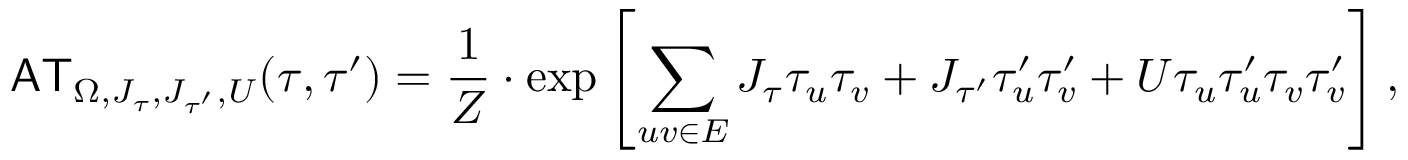
{ \sf A T } _ { \Omega , J _ { \tau } , J _ { \tau ^ { \prime } } , U } ( \tau , \tau ^ { \prime } ) = \frac { 1 } { Z } \cdot \exp \left[ \sum _ { u v \in E } J _ { \tau } \tau _ { u } \tau _ { v } + J _ { \tau ^ { \prime } } \tau _ { u } ^ { \prime } \tau _ { v } ^ { \prime } + U \tau _ { u } \tau _ { u } ^ { \prime } \tau _ { v } \tau _ { v } ^ { \prime } \right] ,